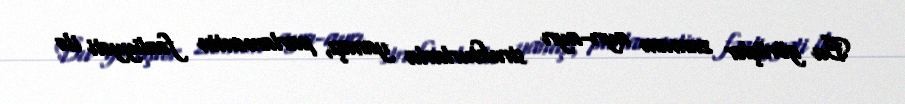
Bu görüşlər zamanı ayrı-ayrı strukturlarla yanaşı, parlamentin fəaliyyəti ilə